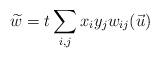
LaTeX: \begin{align*}\widetilde{w}=t \sum_{i, j} x_i y_j w_{ij}(\vec{u})\end{align*}